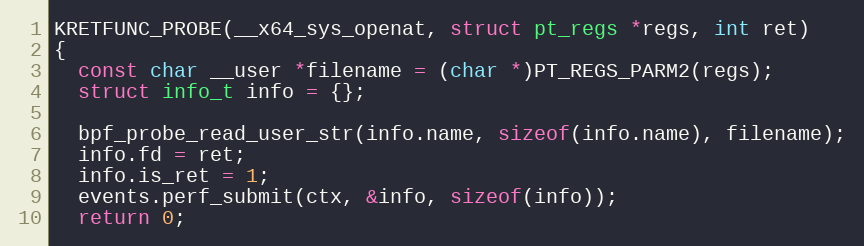
Language: C++
KRETFUNC_PROBE(__x64_sys_openat, struct pt_regs *regs, int ret)
{
  const char __user *filename = (char *)PT_REGS_PARM2(regs);
  struct info_t info = {};

  bpf_probe_read_user_str(info.name, sizeof(info.name), filename);
  info.fd = ret;
  info.is_ret = 1;
  events.perf_submit(ctx, &info, sizeof(info));
  return 0;